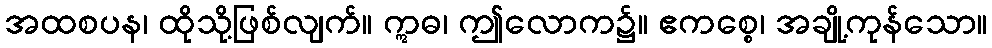
အထစပန၊ ထိုသို့ဖြစ်လျက်။ ဣဓ၊ ဤလောက၌။ ဧကစ္စေ၊ အချို့ကုန်သော။